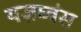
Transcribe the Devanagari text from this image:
यज्ञघ्वंस